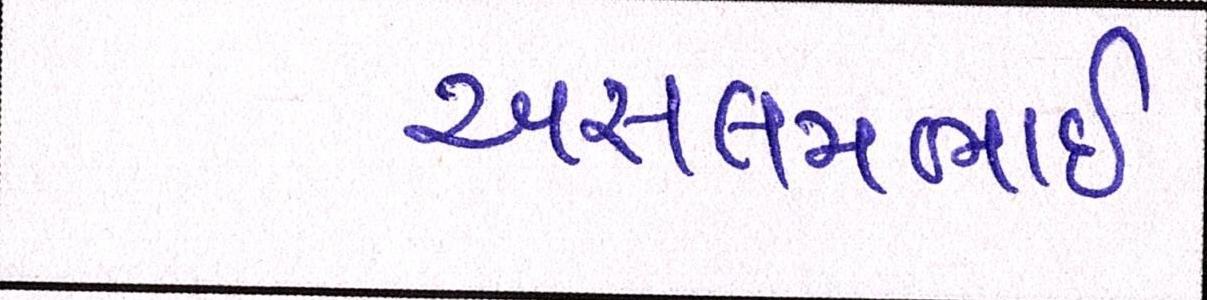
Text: અસલમભાઈ